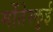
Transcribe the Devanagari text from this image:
मोंतेस्कुई